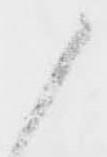
候